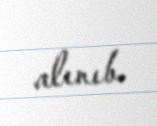
alınıb.